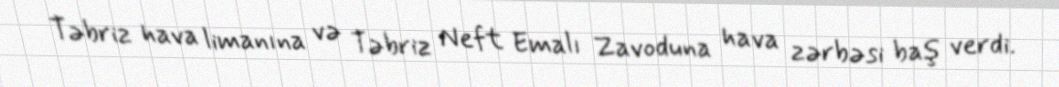
Təbriz hava limanına və Təbriz Neft Emalı Zavoduna hava zərbəsi baş verdi.